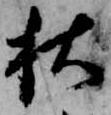
秋